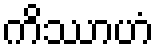
ကိဿာဟံ